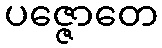
ပဇ္ဇောတေ